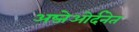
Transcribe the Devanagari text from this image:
अब्जेओर्दनेत